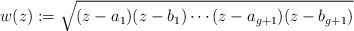
LaTeX: \begin{align*}w(z) := \sqrt{(z-a_1)(z-b_1)\cdots(z-a_{g+1})(z-b_{g+1})}\end{align*}